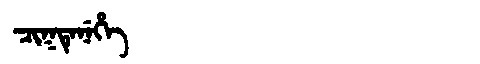
Manchu: ᠴᡳᡴᡨᡝᠨᡝᡥᡝ
Romanization: CIKTENEHE